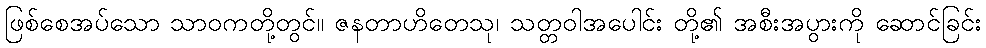
ဖြစ်စေအပ်သော သာဝကတို့တွင်။ ဇနတာဟိတေသု၊ သတ္တဝါအပေါင်း တို့၏ အစီးအပွားကို ဆောင်ခြင်း